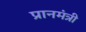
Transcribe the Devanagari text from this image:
प्रानमंत्री